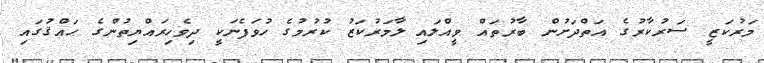
މަރުކަޒީ ސަރުކާރުގެ އަތްދަށުން ބާރުތައް ވީއްލައި ލާމަރުކަޒު ކުރުމުގެ ހުވަފެނަކީ ދިވެހިރައްޔިތުންގެ ޙައްޤުގައި